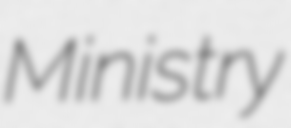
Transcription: Ministry